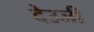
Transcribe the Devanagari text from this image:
देउजी